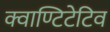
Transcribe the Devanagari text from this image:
क्वाण्टिटेटिव